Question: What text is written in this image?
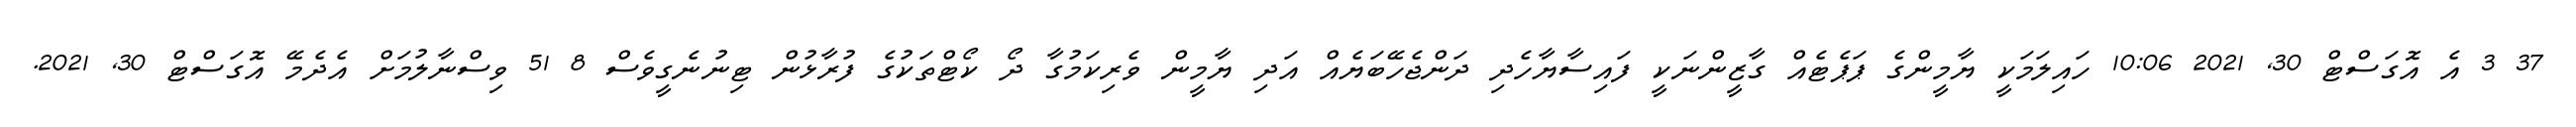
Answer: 37 3 އެ އޮގަސްޓް 30, 2021 10:06 ހައިލަމަކީ ޔާމީންގެ ޕަޕެޓެއް ގާޒީންނަކީ ފައިސާޔާހެދި ދަންޖެހޭބަޔެއް އަދި ޔާމީން ވެރިކަމުގާ ދޯ ކޯޓްތަކުގެ ފުރާޅުން ޓިނުނެގީވެސް 8 51 ވިސްނާލުމަށް އެދެމޭ އޮގަސްޓް 30, 2021.